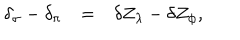
\begin{array} { r c l } { { \delta _ { \sigma } - \delta _ { \pi } } } & { { = } } & { { \delta Z _ { \lambda } - \delta Z _ { \phi } , } } \\ \end{array}